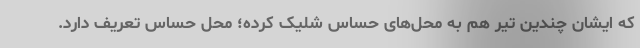
که ایشان چندین تیر هم به محل‌های حساس شلیک کرده؛ محل حساس تعریف دارد.